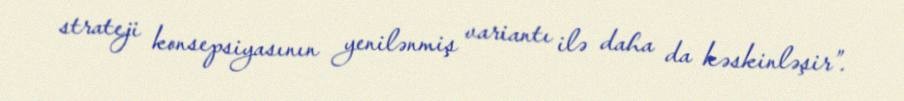
strateji konsepsiyasının yenilənmiş variantı ilə daha da kəskinləşir”.